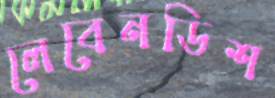
লেবেনডিশ